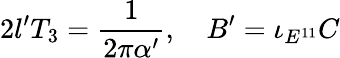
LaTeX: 2l^{\prime}T_{3}={\frac{1}{2\pi\alpha^{\prime}}},\quad B^{\prime}=\iota_{E^{11}}C